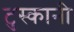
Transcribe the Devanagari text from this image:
टुस्कानी